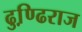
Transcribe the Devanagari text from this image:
ढुण्ढि़राज